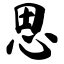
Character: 思